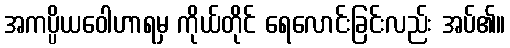
အကပ္ပိယဝေါဟာရမှ ကိုယ်တိုင် ရေလောင်းခြင်းလည်း အပ်၏။